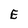
Character: E